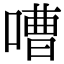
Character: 嘈